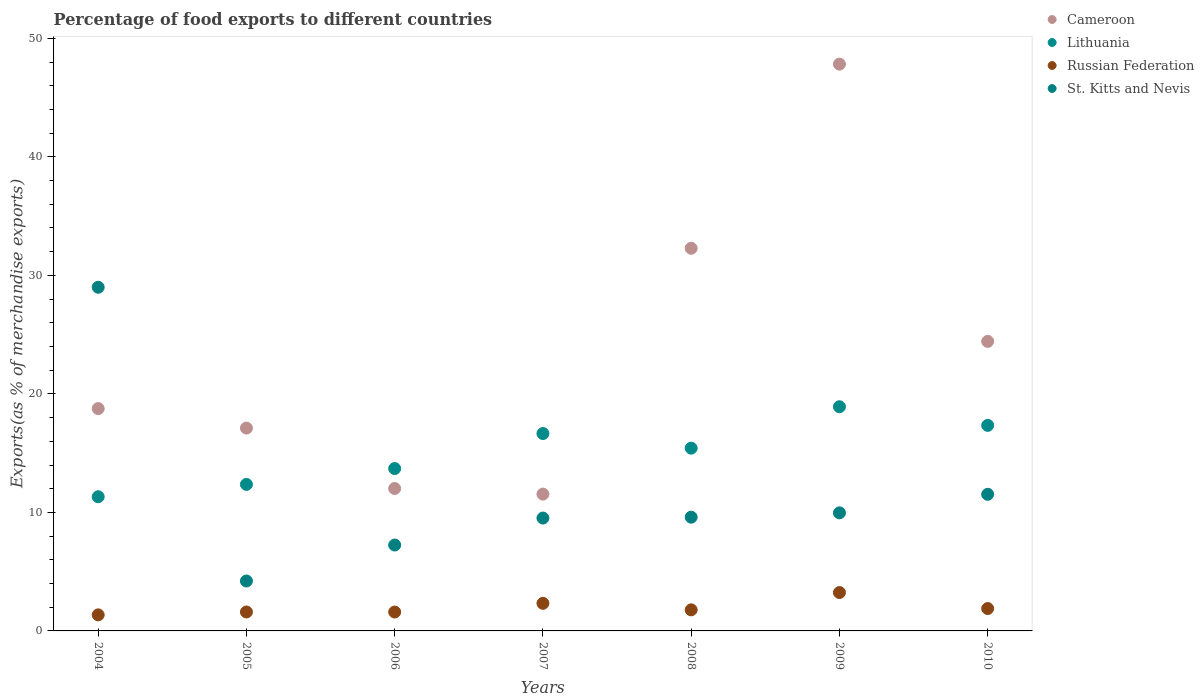
| Years | Cameroon | Lithuania | Russian Federation | St. Kitts and Nevis |
 | --- | --- | --- | --- | --- |
 | 2004 | 18.8 | 11.3 | 1.35 | 29 |
 | 2005 | 17.1 | 12.4 | 1.6 | 4.21 |
 | 2006 | 12 | 13.7 | 1.59 | 7.25 |
 | 2007 | 11.5 | 16.7 | 2.33 | 9.52 |
 | 2008 | 32.3 | 15.4 | 1.78 | 9.6 |
 | 2009 | 47.8 | 18.9 | 3.24 | 9.96 |
 | 2010 | 24.4 | 17.3 | 1.89 | 11.5 |